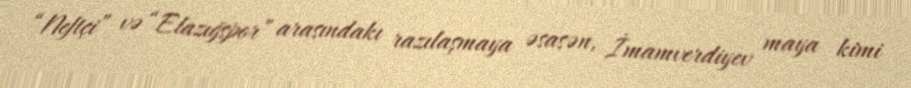
“Neftçi” və “Elazığspor” arasındakı razılaşmaya əsasən, İmamverdiyev maya kimi